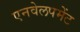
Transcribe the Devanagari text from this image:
एनवेलपमेंट